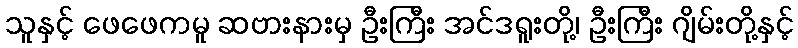
သူနှင့် ဖေဖေကမူ ဆဗားနားမှ ဦးကြီး အင်ဒရူးတို့၊ ဦးကြီး ဂျိမ်းတို့နှင့်